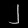
Digit: ၂